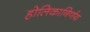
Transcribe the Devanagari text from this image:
होलिकानिर्णय